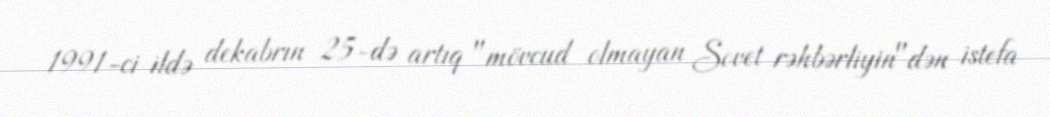
1991-ci ildə dekabrın 25-də artıq "mövcud olmayan Sovet rəhbərliyin"dən istefa